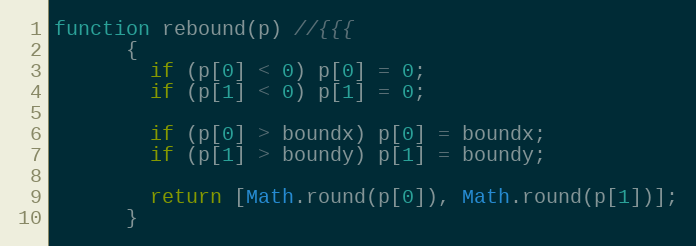
Language: JavaScript
function rebound(p) //{{{
      {
        if (p[0] < 0) p[0] = 0;
        if (p[1] < 0) p[1] = 0;

        if (p[0] > boundx) p[0] = boundx;
        if (p[1] > boundy) p[1] = boundy;

        return [Math.round(p[0]), Math.round(p[1])];
      }